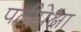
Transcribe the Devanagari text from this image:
पतीपेक्षा